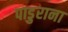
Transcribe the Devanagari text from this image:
पाडुराना